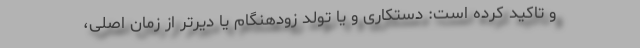
و تاکید کرده است: دستکاری و یا تولد زودهنگام یا دیرتر از زمان اصلی،